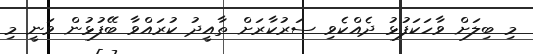
މި ބިލަށް ވާހަކަފުޅު ދެއްކެވި ސަރުކާރަށް ތާއީދު ކުރައްވާ ބޭފުުޅުން ވަނީ މި